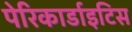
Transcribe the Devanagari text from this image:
पेरिकार्डाइटिस